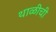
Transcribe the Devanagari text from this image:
थाळीची